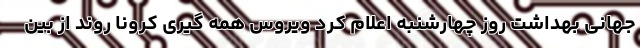
جهانی بهداشت روز چهارشنبه اعلام کرد ویروس همه گیری کرونا روند از بین